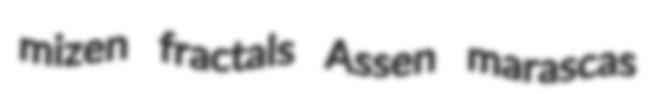
mizen fractals Assen marascas